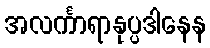
အလင်္ကာရာနုပ္ပဒါနေန